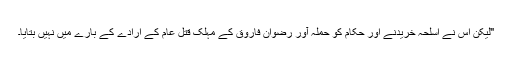
"لیکن اُس نے اسلحہ خریدنے اور حکام کو حملہ آور رضوان فاروق کے مہلک قتل عام کے ارادے کے بارے میں نہیں بتایا۔